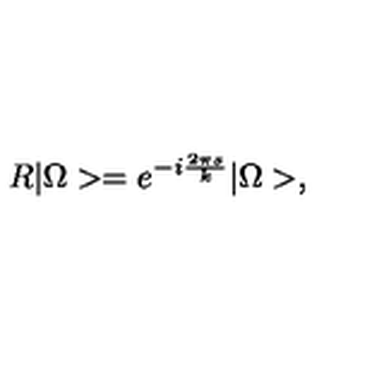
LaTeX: R | \Omega > = e ^ { - i \frac { 2 \pi s } { k } } | \Omega > ,